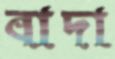
বাদা